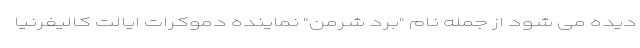
دیده می شود از جمله نام "برد شرمن" نماینده دموکرات ایالت کالیفرنیا